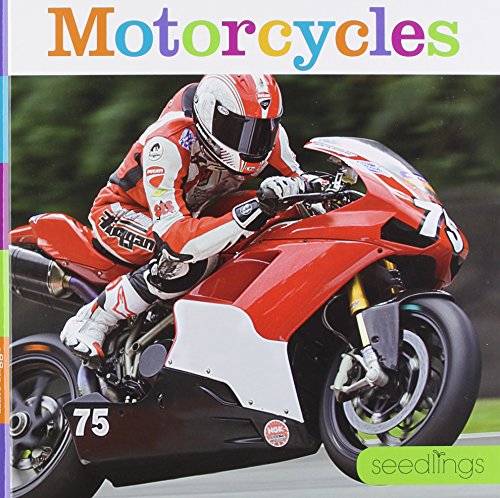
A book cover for Seedlings Motorcycles; Kate Riggs; Children's Books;